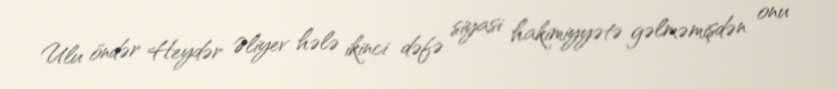
Ulu öndər Heydər Əliyev hələ ikinci dəfə siyasi hakimiyyətə gəlməmişdən onu